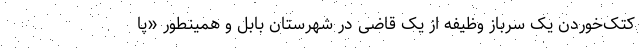
کتک‌خوردن یک سرباز وظیفه از یک قاضی در شهرستان بابل و همینطور «پا